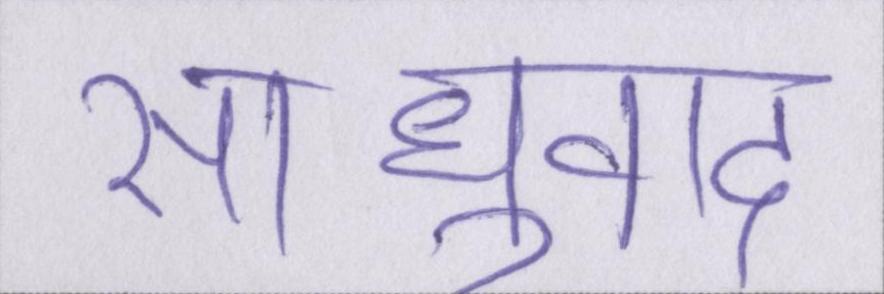
साधुवाद